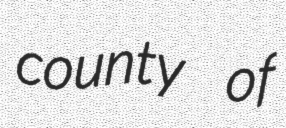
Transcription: county of